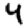
Digit: 4